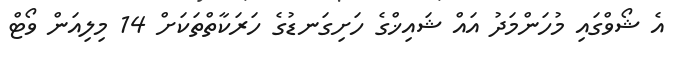
އެ ޝޯވްގައި މުހަންމަދު އައް ޝައިޚްގެ ހަށިގަނޑުގެ ހަރަކާތްތަކަށް 14 މިލިއަން ވޯޓް